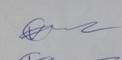
Signature authenticity: genuine